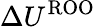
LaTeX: \Delta U^{\mathrm{ROO}}